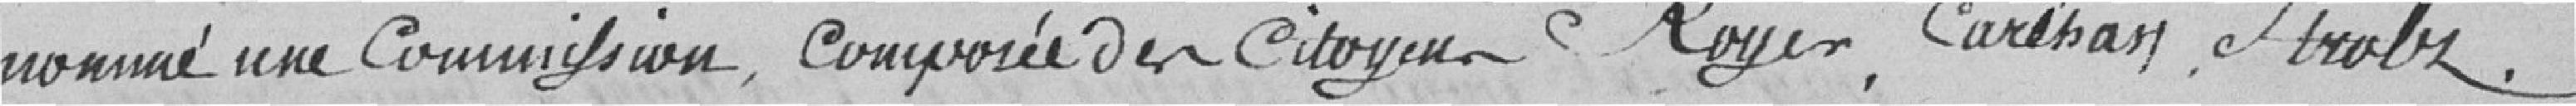
nommé une Commission composée des Citoyens Royer , Carthan , Strolz .